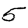
Digit: 5